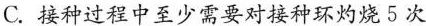
C.接种过程中至少需要对接种环灼烧5次